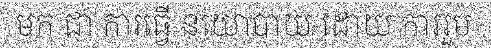
មក ជា ការធ្វើ នយោបាយ ដោយ ការរួម